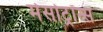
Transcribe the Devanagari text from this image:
मेसोट्रॉन्स